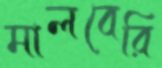
মালবেরি